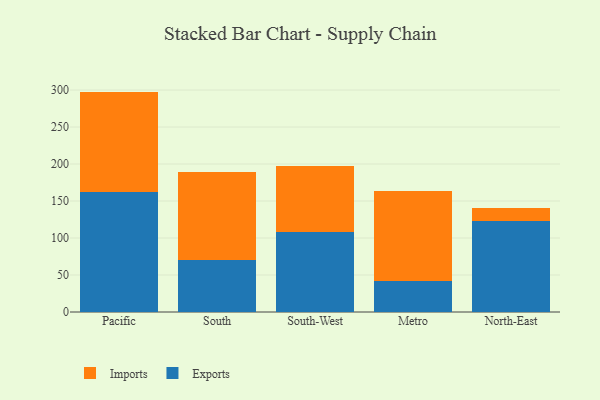
{"axis": {"x": "Region", "y": "Bounce Rate (%)"}, "legend": ["Exports", "Imports"], "data": [{"x": "Pacific", "y": 161.9, "type": "Exports"}, {"x": "Pacific", "y": 136.0, "type": "Imports"}, {"x": "South", "y": 69.7, "type": "Exports"}, {"x": "South", "y": 119.3, "type": "Imports"}, {"x": "South-West", "y": 108.8, "type": "Exports"}, {"x": "South-West", "y": 89.1, "type": "Imports"}, {"x": "Metro", "y": 41.8, "type": "Exports"}, {"x": "Metro", "y": 121.2, "type": "Imports"}, {"x": "North-East", "y": 122.8, "type": "Exports"}, {"x": "North-East", "y": 17.4, "type": "Imports"}]}